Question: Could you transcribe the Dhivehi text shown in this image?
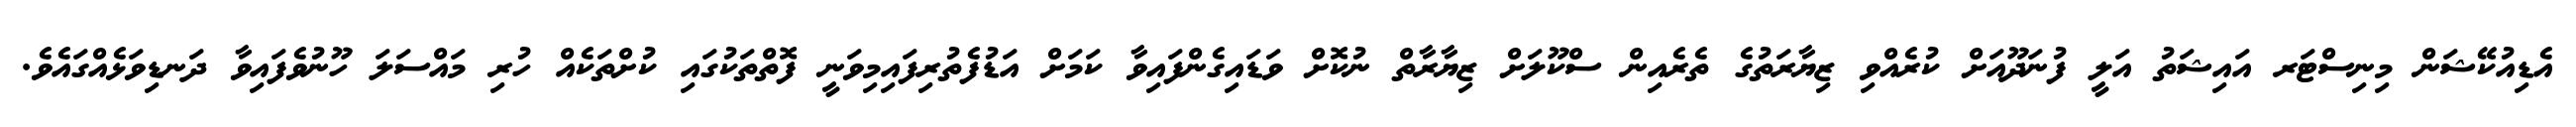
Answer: އެޑިއުކޭޝަން މިނިސްޓަރ އައިޝަތު އަލީ ފުނަދޫއަށް ކުރެއްވި ޒިޔާރަތުގެ ތެރެއިން ސްކޫލަށް ޒިޔާރާތް ނުކޮށް ވަޑައިގެންފައިވާ ކަމަށް އަޑުފެތުރިފައިމިވަނީ ފޮތްތަކުގައި ކުށްތަކެއް ހުރި މައްސަލަ ހޫނުވެފައިވާ ދަނޑިވަޅެއްގައެވެ.